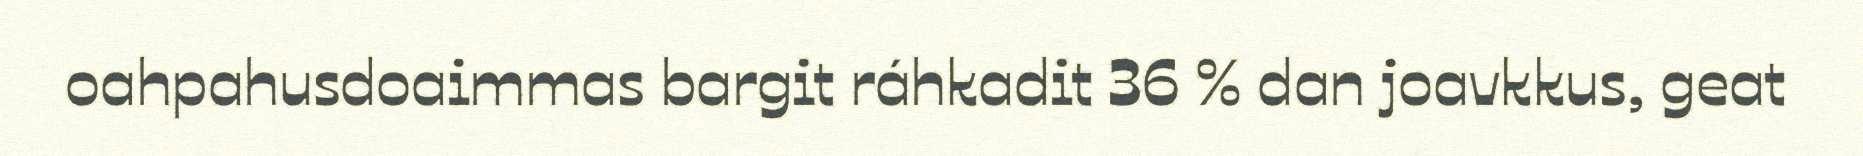
oahpahusdoaimmas bargit ráhkadit 36 % dan joavkkus, geat